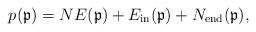
LaTeX: \begin{gather*}p(\mathfrak{p})= NE(\mathfrak{p})+E_{\rm in}(\mathfrak{p})+N_{\rm end}(\mathfrak{p}),\end{gather*}